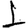
Digit: 1